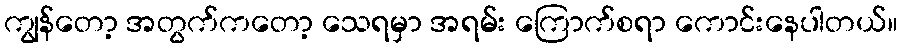
ကျွန်တော့ အတွက်ကတော့ သေရမှာ အရမ်း ကြောက်စရာ ကောင်းနေပါတယ်။